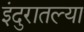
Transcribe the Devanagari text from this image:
इंदुरातल्या